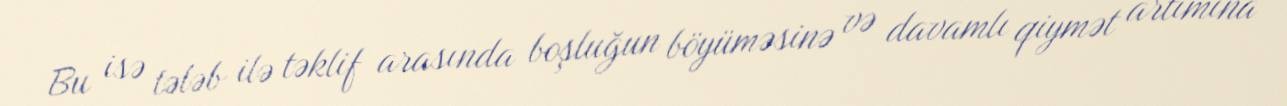
Bu isə tələb ilə təklif arasında boşluğun böyüməsinə və davamlı qiymət artımına